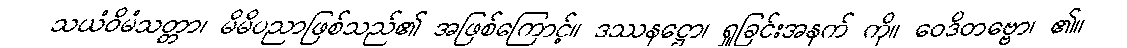
သယံဝိမံသတ္တာ၊ မိမိပညာဖြစ်သည်၏ အဖြစ်ကြောင့်။ ဒဿနဋ္ဌော၊ ရှုခြင်းအနက် ကို။ ဝေဒိတဗ္ဗော၊ ၏။